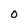
Character: 0